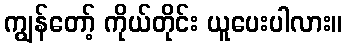
ကျွန်တော့် ကိုယ်တိုင်း ယူပေးပါလား။